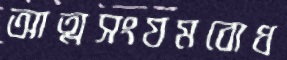
আত্মসংযমবোধ